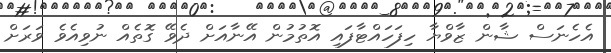
އެހެނަސް ޝާން ޒާވްޔާ ހިފަހައްޓާފައި އޮތުމުން އޭނާއަށް ދެވޭ ގޮތެއް ނުވިއެވެ ވަރަށް